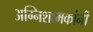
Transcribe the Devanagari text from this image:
अग्निशामकांनी